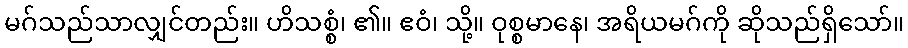
မဂ်သည်သာလျှင်တည်း။ ဟိသစ္စံ၊ ၏။ ဧဝံ၊ သို့။ ဝုစ္စမာနေ၊ အရိယမဂ်ကို ဆိုသည်ရှိသော်။